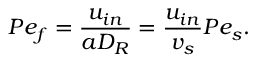
P e _ { f } = \frac { u _ { i n } } { a D _ { R } } = \frac { u _ { i n } } { v _ { s } } P e _ { s } .